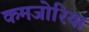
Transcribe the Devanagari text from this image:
कमजोरिया